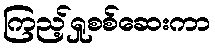
ကြည့်ရှုစစ်ဆေးကာ